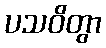
ပသဝိတွာ